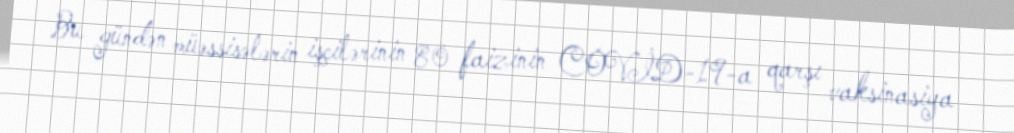
Bu gündən müəssisələrin işçilərinin 80 faizinin COVİD-19-a qarşı vaksinasiya